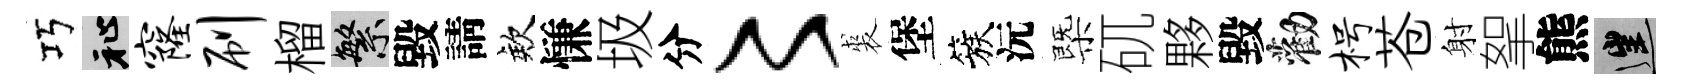
巧祉窿刷榴繁毀請欸慊圾分〻裘堡簇沅㮣矹夥毀勸枵苍射挐熊往